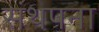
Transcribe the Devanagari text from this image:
संथपना